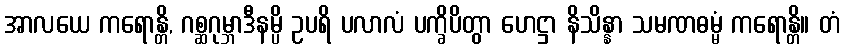
အာလယေ ကရောန္တိ, ဂစ္ဆဂုမ္ဘာဒီနမ္ပိ ဥပရိ ပလာလံ ပက္ခိပိတွာ ဟေဋ္ဌာ နိသိန္နာ သမဏဓမ္မံ ကရောန္တိ။ တံ